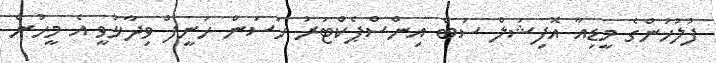
ފުލުހުންގެ މީޑިއާ އޮފިޝަލް ސަބް އިންސްޕެކްޓަރު ހަސަން ހަނީފް ވިދާޅުވީ އެ މީހުން